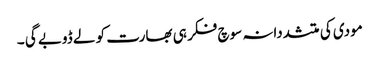
مودی کی متشددانہ سوچ فکر ہی بھارت کو لے ڈوبے گی ۔